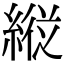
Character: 𦂵